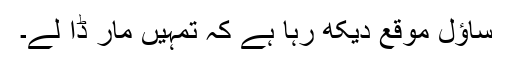
ساؤل موقع دیکھ رہا ہے کہ تمہیں مار ڈا لے۔